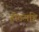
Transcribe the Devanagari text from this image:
होऊनहि